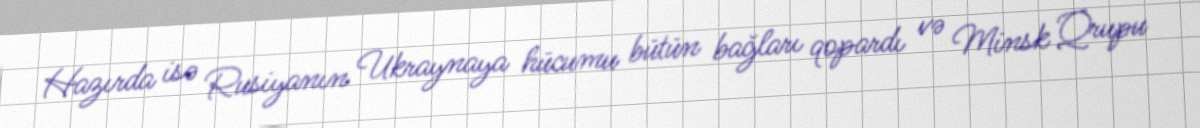
Hazırda isə Rusiyanın Ukraynaya hücumu bütün bağları qopardı və Minsk Qrupu